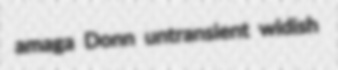
amaga Donn untransient widish